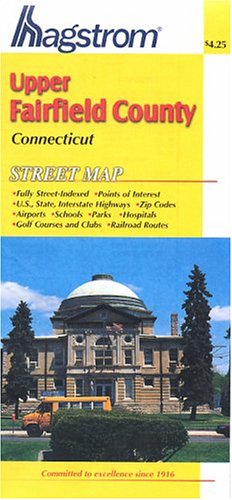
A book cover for Fairfield County, Ct Upper Map; Hagstrom Map Company; Travel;